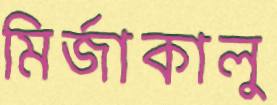
মির্জাকালু